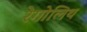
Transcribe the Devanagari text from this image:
रेगोलिथ